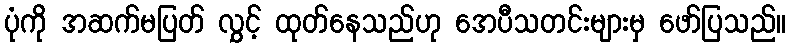
ပုံကို အဆက်မပြတ် လွှင့် ထုတ်နေသည်ဟု အေပီသတင်းများမှ ဖော်ပြသည်။